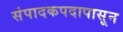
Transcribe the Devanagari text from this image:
संपादकपदापासून